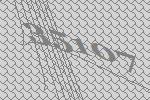
35107